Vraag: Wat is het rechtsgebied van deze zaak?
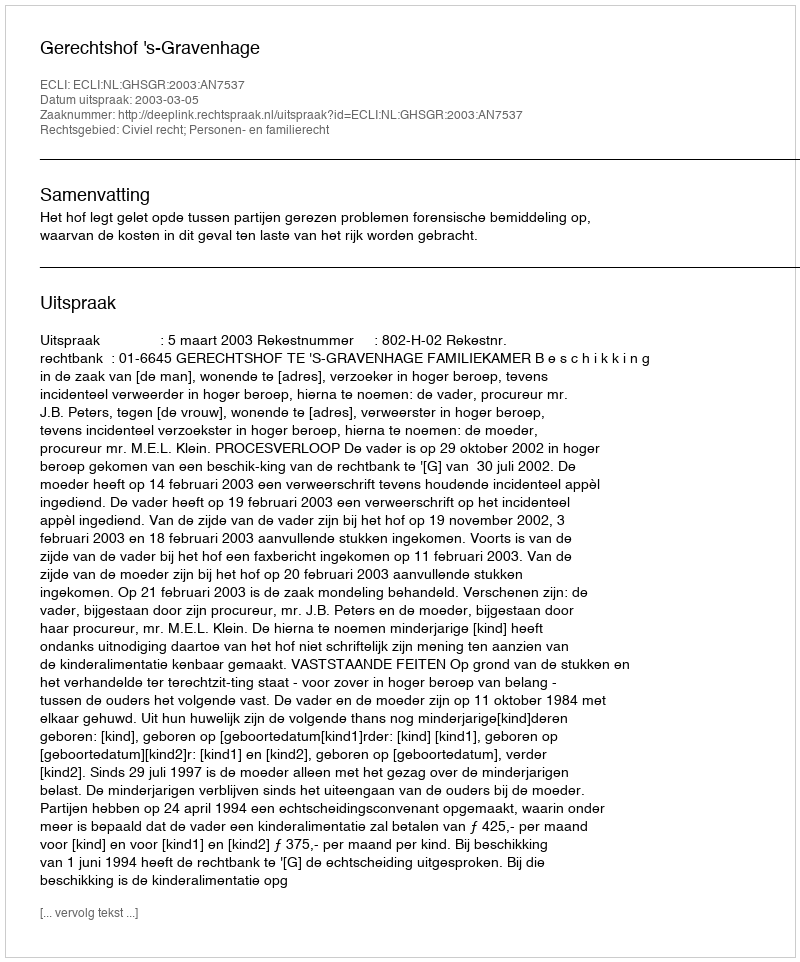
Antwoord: Civiel recht; Personen- en familierecht